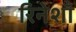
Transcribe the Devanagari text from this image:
रिनेशाँ